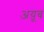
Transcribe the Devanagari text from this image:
अय़ूब